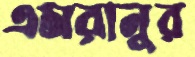
এমরানুর